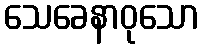
သေခေနာဝုသော